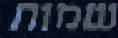
שמות